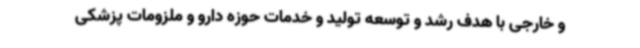
و خارجی با هدف رشد و توسعه تولید و خدمات حوزه دارو و ملزومات پزشکی